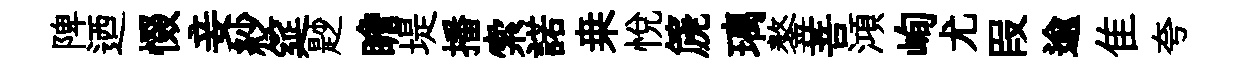
陴迺惙妾紗筵尟瞻堤播索諾桒悅篪璃鏊菩澒峋尤叚逾隹夸